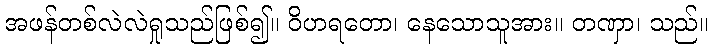
အဖန်တစ်လဲလဲရှုသည်ဖြစ်၍။ ဝိဟရတော၊ နေသောသူအား။ တဏှာ၊ သည်။